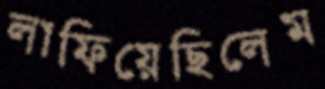
লাফিয়েছিলেম